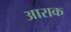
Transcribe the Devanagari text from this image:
आराक